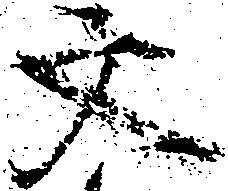
文